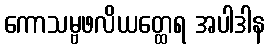
ကောသမ္ဗဖလိယတ္ထေရ အပါဒါန